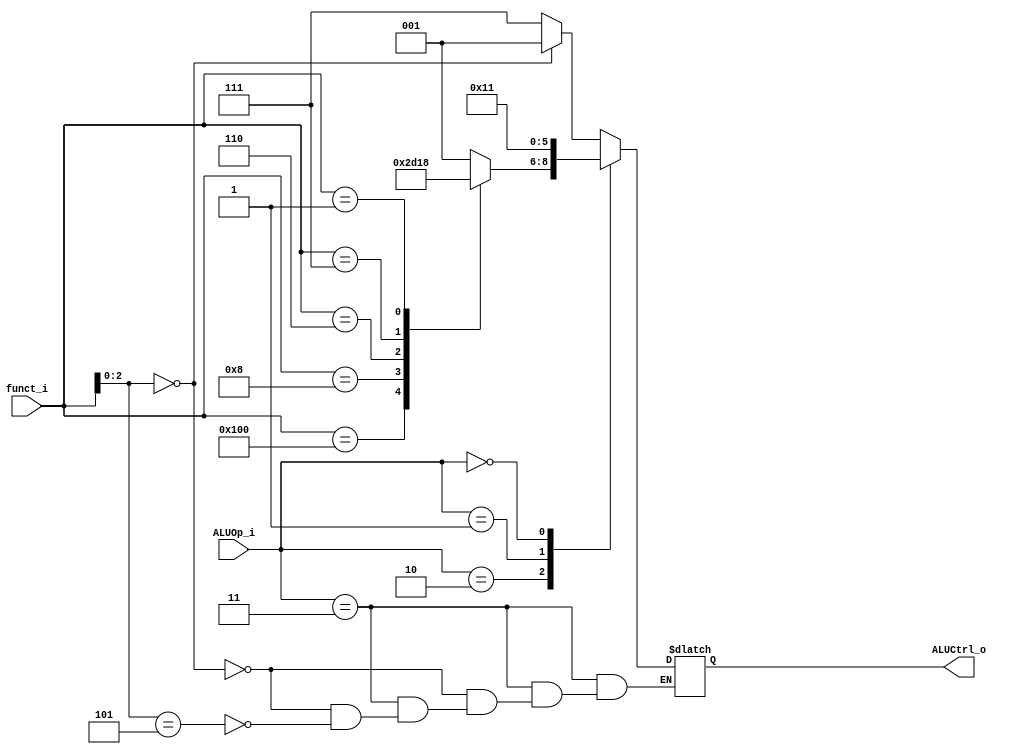
module ALU_Control(
    funct_i,
    ALUOp_i,
    ALUCtrl_o 
);

// Interface
input [9:0] funct_i;
input [1:0] ALUOp_i;
output[2:0] ALUCtrl_o;

// Wires & Registers
reg       [2:0]   ALUCtrl_o;

always@(*)begin
  case(ALUOp_i)

    2'b11 : begin
        if (funct_i[2:0] == 3'b000) begin
            ALUCtrl_o = 3'b001;         //addi
        end
        else if (funct_i[2:0] == 3'b101) begin
            ALUCtrl_o = 3'b111;         //SRAI
        end
    end

    2'b10 : begin
        case(funct_i)

            10'b0000000000 : begin
                ALUCtrl_o = 3'b001;//add
            end
            10'b0100000000 : begin
                ALUCtrl_o = 3'b010;//sub
            end
            10'b0000001000 : begin
                ALUCtrl_o = 3'b110;//MUL
            end
            10'b0000000110 : begin
                ALUCtrl_o = 3'b100;//OR
            end
            10'b0000000111 : begin
                ALUCtrl_o = 3'b011;//AND
            end
            default : begin
                ALUCtrl_o = 3'b001;
            end
            10'b0000000001 : begin
                ALUCtrl_o = 3'b000;
            end
        endcase
    end

    2'b01 : begin                   //beq,ALU do subtraction
        ALUCtrl_o = 3'b010;         //sub
    end

    2'b00 : begin                   // lw or sw
        ALUCtrl_o <= 3'b001;
    end

    default : begin
        ALUCtrl_o = 3'b001;         //default add
    end
endcase

end
endmodule